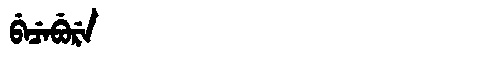
Manchu: ᠪᡝᠴᡝᠪᡠᡵᡝ
Romanization: BECEBURE